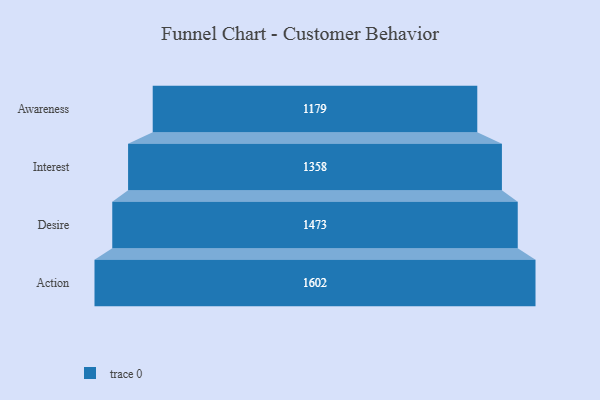
{"axis": {"x": "Stage", "y": "Value"}, "legend": [""], "data": [{"x": "Awareness", "y": 1179.0, "type": ""}, {"x": "Interest", "y": 1358.0, "type": ""}, {"x": "Desire", "y": 1473.0, "type": ""}, {"x": "Action", "y": 1602.0, "type": ""}]}